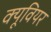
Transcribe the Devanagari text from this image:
क्यूवियर